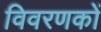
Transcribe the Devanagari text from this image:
विवरणकों